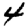
Digit: 4